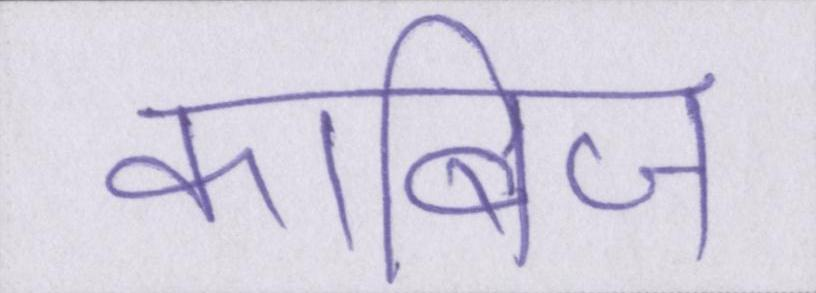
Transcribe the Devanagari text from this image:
काबिज